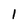
Character: 1